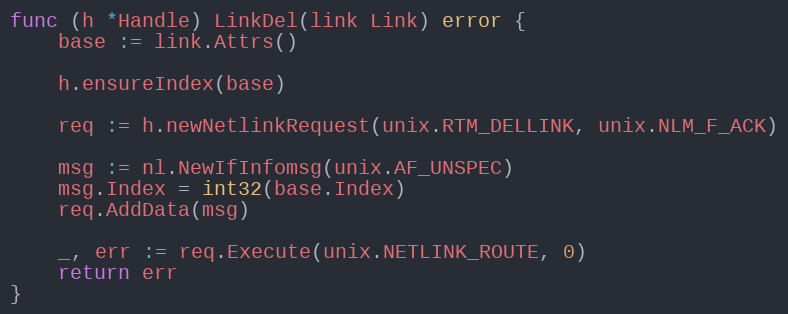
Language: Go
func (h *Handle) LinkDel(link Link) error {
	base := link.Attrs()

	h.ensureIndex(base)

	req := h.newNetlinkRequest(unix.RTM_DELLINK, unix.NLM_F_ACK)

	msg := nl.NewIfInfomsg(unix.AF_UNSPEC)
	msg.Index = int32(base.Index)
	req.AddData(msg)

	_, err := req.Execute(unix.NETLINK_ROUTE, 0)
	return err
}